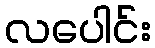
လပေါင်း